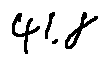
4 1 . 8